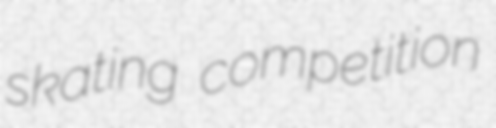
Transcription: skating competition